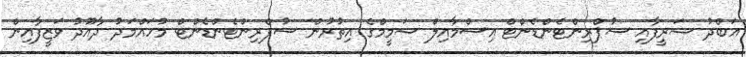
އަބްދު ޝަރީފާއި ސުޕްރިންޓެންޑެންޓް އިސްމާއިލް ޝަމީމްގެ އިތުރުން ސުޕްރިންޓެންޑެންޓް މުހައްމަދު ދާއޫދު ވަޒީފާއިން